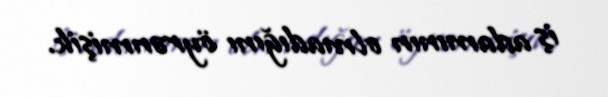
iş adamının olmadığını öyrənmişik.